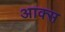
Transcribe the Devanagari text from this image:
आक्स